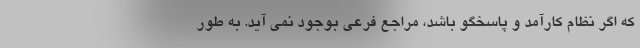
که اگر نظام کارآمد و پاسخگو باشد، مراجع فرعی بوجود نمی آید. به طور